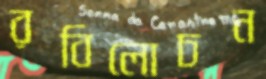
রবিলোচন